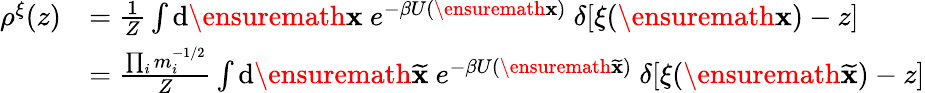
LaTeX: \begin{array}{rl}{\rho^{\xi}(z)}&{=\frac{1}{Z}\int\mathrm{d}\ensuremath{\mathbf{x}}\ e^{-\beta U(\ensuremath{\mathbf{x}})}\ \delta[\xi(\ensuremath{\mathbf{x}})-z]}\\ &{=\frac{\prod_{i}m_{i}^{-1/2}}{Z}\int\mathrm{d}\ensuremath{{\widetilde{\mathbf{x}}}}\ e^{-\beta U(\ensuremath{{\widetilde{\mathbf{x}}}})}\ \delta[\xi(\ensuremath{{\widetilde{\mathbf{x}}}})-z]}\end{array}